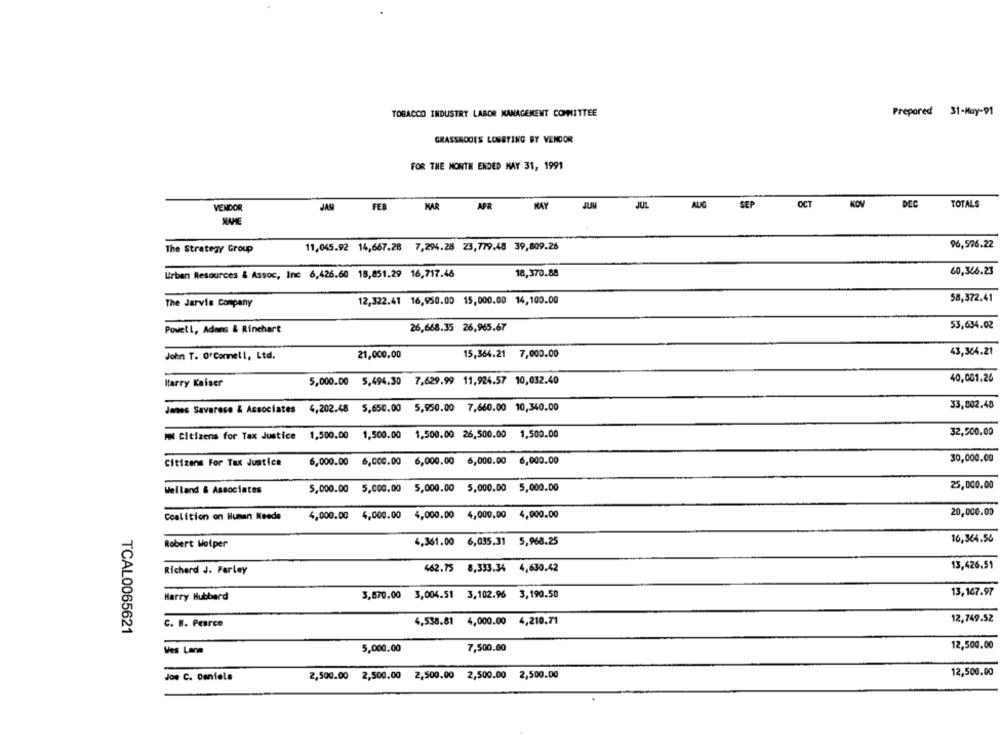
TOBACCO INDUSTRY LABOR MANAGEMENT COMMITTEE
Prepared 31-May-91
GRASSROOTS LOBBYING BY VENDOR
FOR THE MONTH ENDED MAY 31, 1991
JUN
AUG
SEP
OCT
DEC
TOTALS
VENDOR
JAS
FEB
HAR
APR
MAY
JUL
The Strategy Group
11,045.92 14,667.28 7,294.28 23,779.48 39,809.26
96,576.22
60,346.23
Urban Resources & Assoc, Inc 6,426.60 18,851.29 16,717.46
18,370.88
12,322.41 16,950.00 15,000.00 14,100.00
58,372.41
The Jarvis company
53,634.02
Powell, Adans & Rinchart
26,668.35 26,965.67
21,000,00
15,364.21 7,000.00
43,364.21
John T. O'Connell, Ltd.
40,001.24
Harry Keiser
5,000.00 5,494.30 7,629.99 11,924.57 10,032.40
Janes Savarese & Associates 4,202.48 5,650.00 5,950.00 7,660.00 10,340.00
33,802.48
MN Citizens for Tax Justice 1,500.00 1,500.00 1,500.00 26,500.00 1,500.00
32,500.00
30,000.00
Citizens For Tax Justice
6,000.00 6,000.00 6,000.00 6,000.00 6,000.00
Welland & Associates
5,000.00 5,000,00 5,000.00 5,000.00 5,000.00
25,000.00
20,000.00
Coalition on Human Needs
4,000.00 4,000.00 4,000.00 4,000.00 4,000.00
Robert Wolper
4,361.00 6,035,31 5,968.25
16,364.56
13,426.51
Richard J. Farley
462.75 8,333.34 4,630.42
Harry Hubbard
3,670.00 3,004.51 3,102.96 3,190.50
13, 167.97
12,749.52
C. B. Pearce
4,538.81 4,000.00 4,210.71
TCAL0065621
5,000.00
7,500.00
12,500,00
Ves Lana
12,500.00
Jon C. Daniels
2,500.00 2,500.00 2,500.00 2,500.00 2,500.00